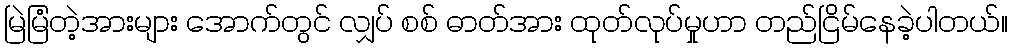
မြဲမြံတဲ့အားများ အောက်တွင် လျှပ် စစ် ဓာတ်အား ထုတ်လုပ်မှုဟာ တည်ငြိမ်နေခဲ့ပါတယ်။